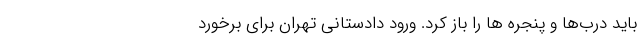
باید درب‌ها و پنجره ها را باز کرد. ورود دادستانی تهران برای برخورد